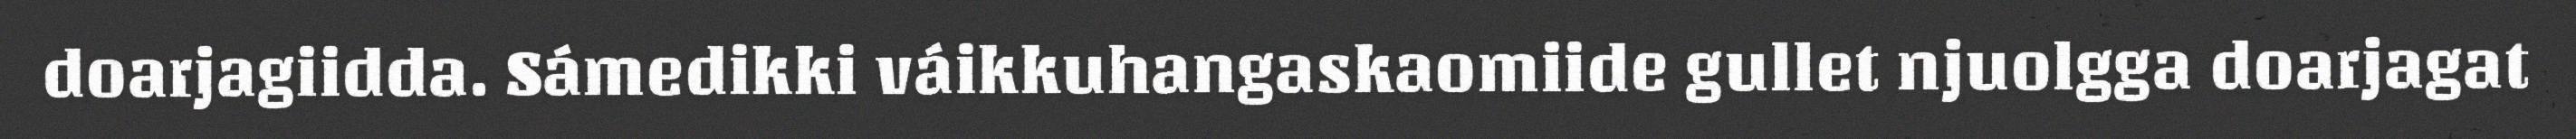
doarjagiidda. Sámedikki váikkuhangaskaomiide gullet njuolgga doarjagat